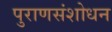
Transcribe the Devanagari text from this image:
पुराणसंशोधन